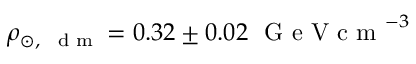
\rho _ { \odot , \, \mathrm { ~ \scriptsize ~ d ~ m ~ } } = 0 . 3 2 \pm 0 . 0 2 ~ \mathrm { ~ G ~ e ~ V ~ c ~ m ~ } ^ { - 3 }